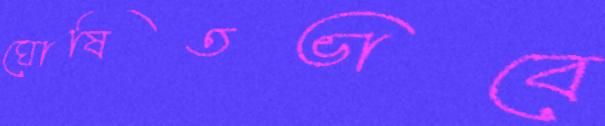
ঘোষিতভাবে